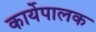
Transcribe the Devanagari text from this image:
कार्येपालक